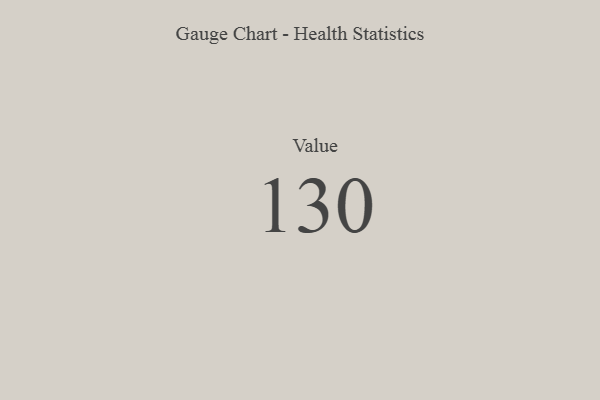
{"axis": {"x": "Metric", "y": "Value"}, "legend": [""], "data": [{"x": "Value", "y": 130, "type": ""}]}